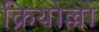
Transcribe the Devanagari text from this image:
क्रियोल्लो